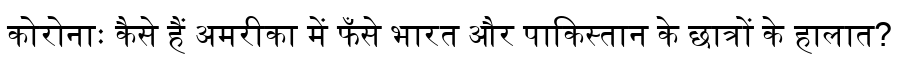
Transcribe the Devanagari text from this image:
कोरोनाः कैसे हैं अमरीका में फँसे भारत और पाकिस्तान के छात्रों के हालात?